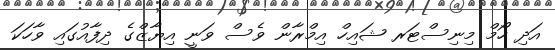
އަދި ހޯމް މިނިސްޓަރ ޝައިހް އިމްރާން ވެސް ވަނީ އިޔާޒްގެ ދިފާއުގައި ވާހަކަ